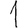
Digit: 1